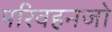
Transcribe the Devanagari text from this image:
परिवहनजो